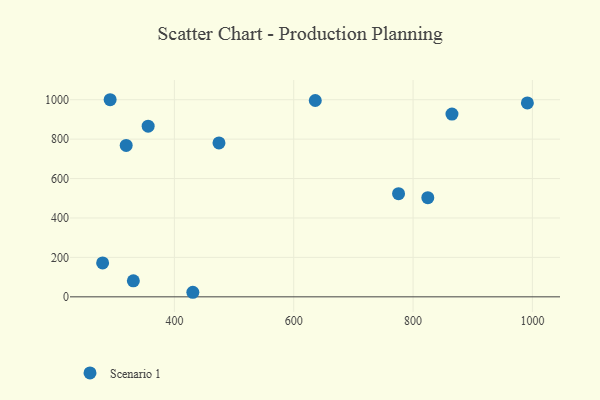
{"axis": {"x": "Experience", "y": "Rating"}, "legend": ["Scenario 1"], "data": [{"x": "636.1", "y": 995.9, "type": "Scenario 1"}, {"x": "991.6", "y": 983.7, "type": "Scenario 1"}, {"x": "775.7", "y": 523.5, "type": "Scenario 1"}, {"x": "279.7", "y": 171.9, "type": "Scenario 1"}, {"x": "824.7", "y": 502.9, "type": "Scenario 1"}, {"x": "319.2", "y": 768.0, "type": "Scenario 1"}, {"x": "430.9", "y": 23.1, "type": "Scenario 1"}, {"x": "865.2", "y": 927.2, "type": "Scenario 1"}, {"x": "292.3", "y": 999.9, "type": "Scenario 1"}, {"x": "331.2", "y": 81.3, "type": "Scenario 1"}, {"x": "474.7", "y": 780.7, "type": "Scenario 1"}, {"x": "356.0", "y": 865.6, "type": "Scenario 1"}]}